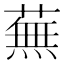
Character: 蕪